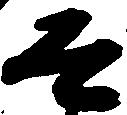
道